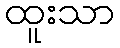
ထူးသာ